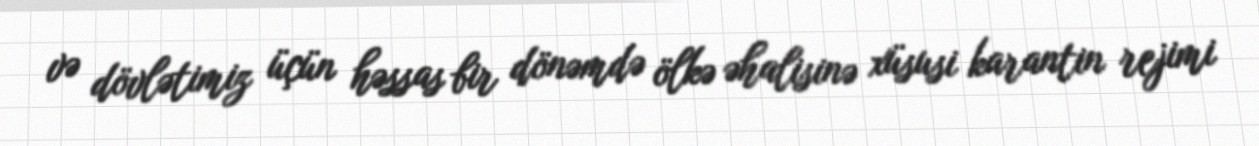
və dövlətimiz üçün həssas bir dönəmdə ölkə əhalisinə xüsusi karantin rejimi